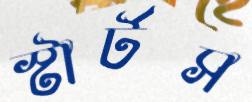
স্টার্টস